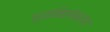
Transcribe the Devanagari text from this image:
ध्वनिसंप्रदाय